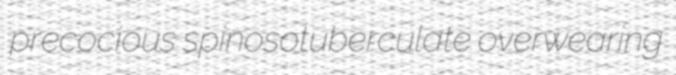
precocious spinosotuberculate overwearing